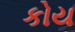
કોય